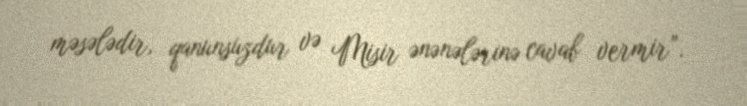
məsələdir, qanunsuzdur və Misir ənənələrinə cavab vermir”.